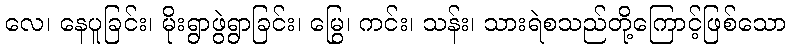
လေ၊ နေပူခြင်း၊ မိုးရွာဖွဲရွာခြင်း၊ မြွေ၊ ကင်း၊ သန်း၊ သားရဲစသည်တို့ကြောင့်ဖြစ်သော